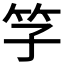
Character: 𥫞